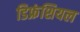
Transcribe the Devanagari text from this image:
डिफ्रंशियल